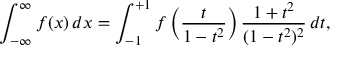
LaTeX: \int _ { - \infty } ^ { \infty } f ( x ) \, d x = \int _ { - 1 } ^ { + 1 } f \left( { \frac { t } { 1 - t ^ { 2 } } } \right) { \frac { 1 + t ^ { 2 } } { ( 1 - t ^ { 2 } ) ^ { 2 } } } \, d t ,